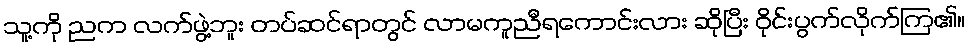
သူ့ကို ညက လက်ဖွဲ့ဘူး တပ်ဆင်ရာတွင် လာမကူညီရကောင်းလား ဆိုပြီး ဝိုင်းပွက်လိုက်ကြ၏။